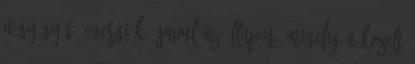
a gyógyító energiák, javul az állapot. Mindig a kezelt